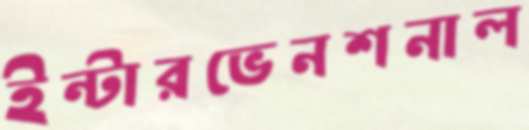
ইন্টারভেনশনাল